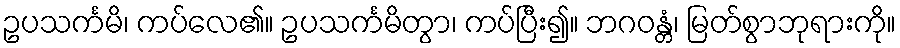
ဥပသင်္ကမိ၊ ကပ်လေ၏။ ဥပသင်္ကမိတွာ၊ ကပ်ပြီး၍။ ဘဂဝန္တံ၊ မြတ်စွာဘုရားကို။